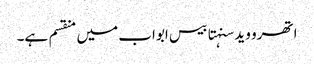
اتھرو وید سنہتا بیس ابواب میں منقسم ہے۔